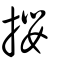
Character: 攖